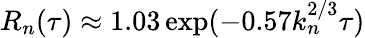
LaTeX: R_{n}(\tau)\approx 1.03\exp(-0.57k_{n}^{2/3}\tau)